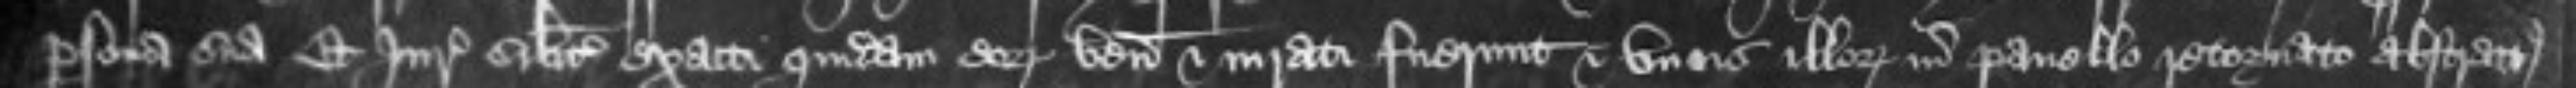
persona sua Et Juratores similiter exacti quidam eorum venerunt et iurati fuerunt et unus illorum in panello retornat abstractus